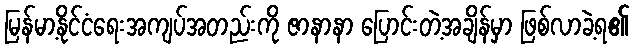
မြန်မာ့နိုင်ငံရေးအကျပ်အတည်းကို ဇာနာနာ ပြောင်းတဲ့အချိန်မှာ ဖြစ်လာခဲ့ရ၏